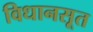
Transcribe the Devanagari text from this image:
विधानसूत